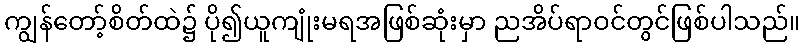
ကျွန်တော့်စိတ်ထဲ၌ ပို၍ယူကျုံးမရအဖြစ်ဆုံးမှာ ညအိပ်ရာဝင်တွင်ဖြစ်ပါသည်။